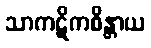
သာကဋိကစိန္တာယ